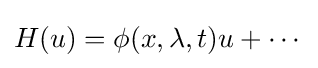
H(u)=\phi (x,\lambda ,t)u+\cdots